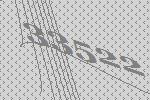
33522